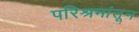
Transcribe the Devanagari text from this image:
परिश्रमांतून